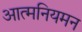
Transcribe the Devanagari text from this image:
आत्मनियमन